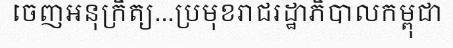
ចេញអនុក្រឹត្យ...ប្រមុខរាជរដ្ឋាភិបាលកម្ពុជា